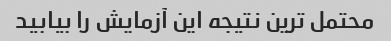
محتمل ترین نتیجه این آزمایش را بیابید